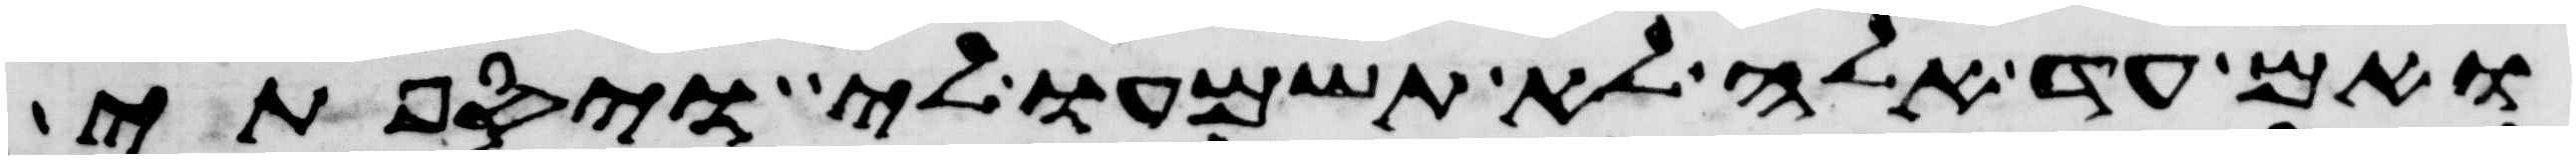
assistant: ואם עד אלה לא תשמעו לי ויספתי